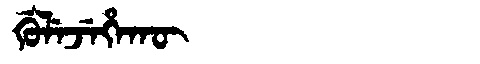
Manchu: ᡤᡠᠯᡝᠵᡝᡥᠠᡴᡡ
Romanization: GULEJEHAKŪ